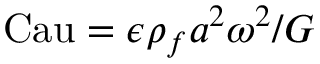
\mathrm { C a u } = \epsilon \rho _ { f } a ^ { 2 } \omega ^ { 2 } / G